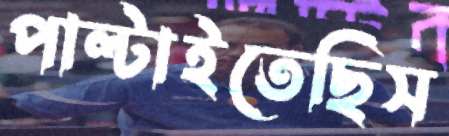
পাল্‌টাইতেছিস